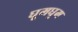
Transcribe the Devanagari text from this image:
घूमघूम